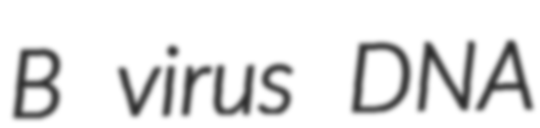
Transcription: B virus DNA